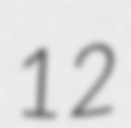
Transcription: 12